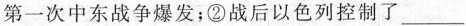
第一次中东战争爆发；②战后以色列控制了\underline